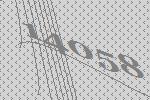
14058